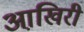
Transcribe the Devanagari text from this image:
आखि़री